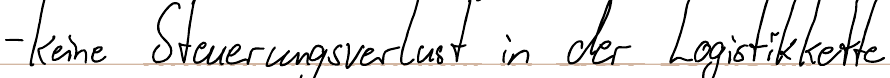
- keine Steuerungsverlust in der Logistikkette